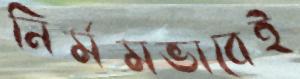
নির্মমভাবেই